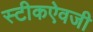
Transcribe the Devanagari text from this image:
स्टीकऐवजी